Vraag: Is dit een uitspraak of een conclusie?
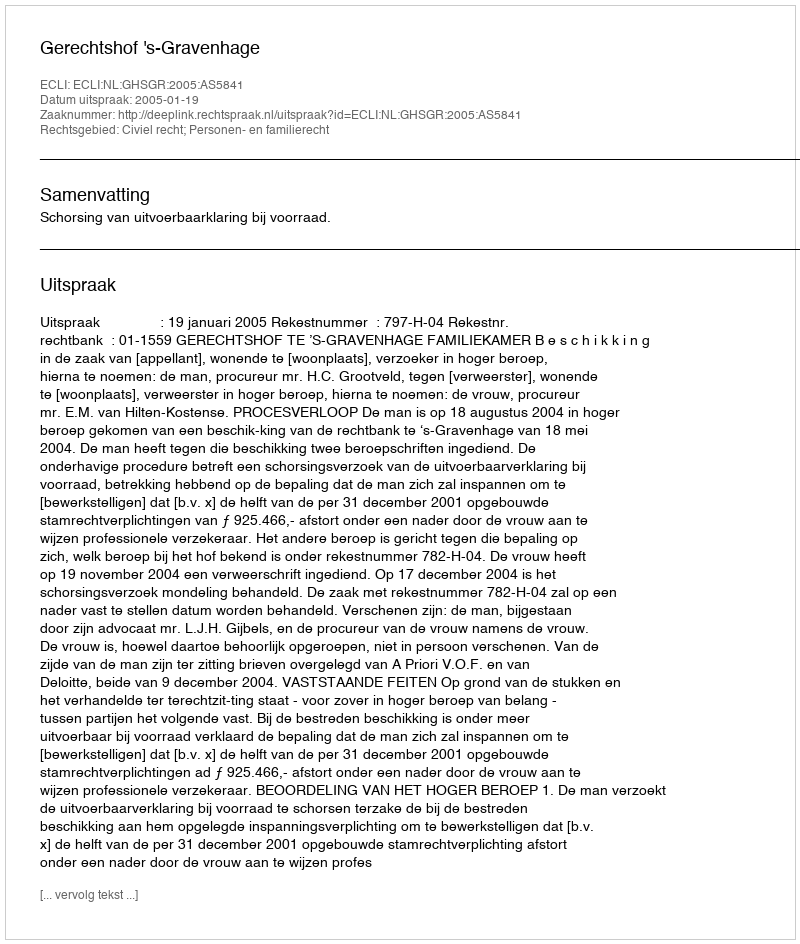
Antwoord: Uitspraak